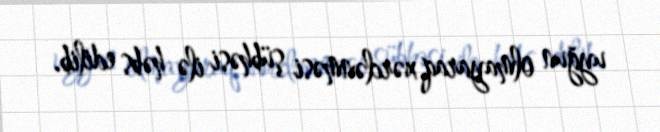
uyğun olmayaraq xərclənməsi şübhəsi ilə həbs edilib.